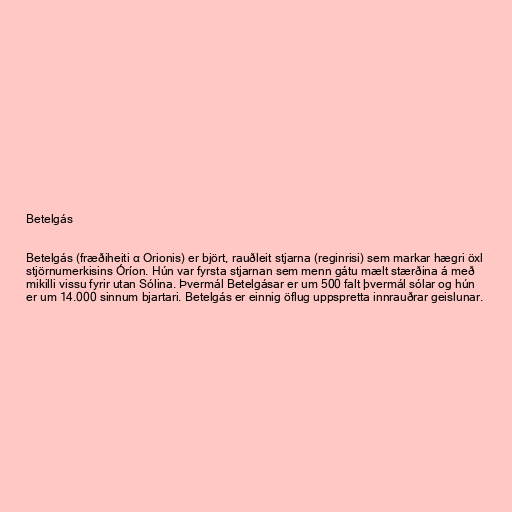
Betelgás

Betelgás (fræðiheiti α Orionis) er björt, rauðleit stjarna (reginrisi) sem markar hægri öxl
stjörnumerkisins Óríon. Hún var fyrsta stjarnan sem menn gátu mælt stærðina á með
mikilli vissu fyrir utan Sólina. Þvermál Betelgásar er um 500 falt þvermál sólar og hún
er um 14.000 sinnum bjartari. Betelgás er einnig öflug uppspretta innrauðrar geislunar.